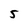
Character: 5